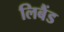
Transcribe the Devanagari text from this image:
लिबैंड